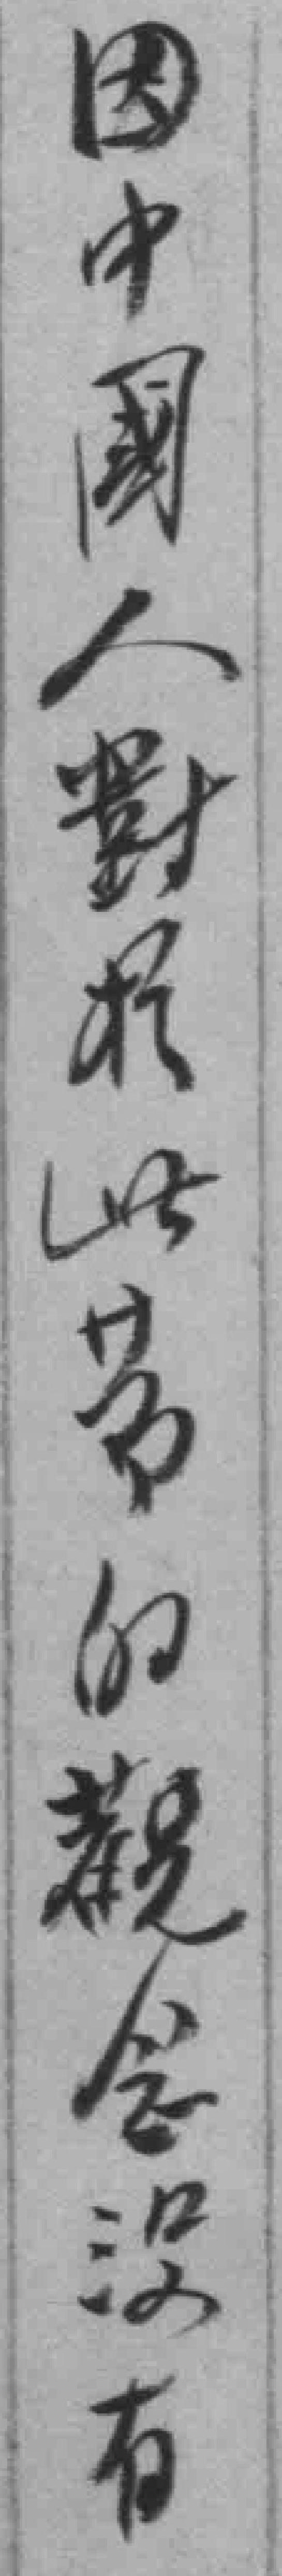
因中國人對扵此節的觀念沒有